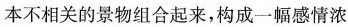
本不相关的景物组合起来，构成一幅感情浓